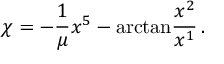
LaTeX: \chi = - \frac { 1 } { \mu } x ^ { 5 } - \mathrm { a r c t a n } \frac { x ^ { 2 } } { x ^ { 1 } } \, .